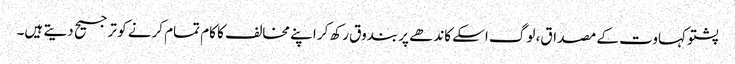
پشتو کہاوت کے مصداق، لوگ اسکے کاندھے پر بندوق رکھ کر اپنے مخالف کا کام تمام کرنے کو ترجیح دیتے ہیں۔